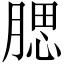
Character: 腮